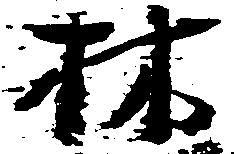
林